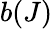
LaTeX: b(J)